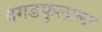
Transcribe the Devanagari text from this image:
दगडफुलाला